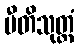
ပီတိသုတ္တံ